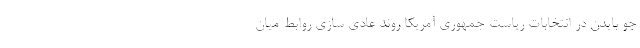
جو بایدن در انتخابات ریاست جمهوری آمریکا روند عادی سازی روابط میان